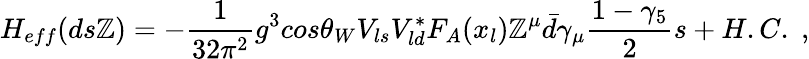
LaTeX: H_{eff}(ds\mathbb{Z})=-{\frac{{1}}{{32\pi^{2}}}}g^{3}cos\theta_{W}V_{ls}V_{ld}^{*}F_{A}(x_{l})\mathbb{Z}^{\mu}\bar{{d}}\gamma_{\mu}{\frac{{1-\gamma_{5}}}{{2}}}s+H.C.\; ,